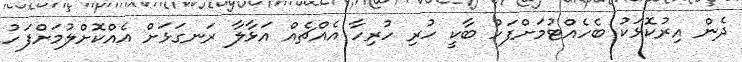
ދެން އިރުކޮޅަކު ބެހެއްޓުމަށްފަހު ބާކީ ހުރި ހުރިހާ އެއްޗެއް އަޅާލާ ރަނގަޅަށް އެއްކޮށްލުމަށްފަހު